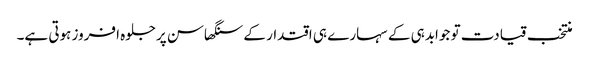
منتخب قیادت تو جوابدہی کے سہارے ہی اقتدار کے سنگھاسن پرجلوہ افروز ہوتی ہے۔